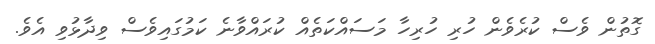
ގޮތުން ވެސް ކުރެވެން ހުރި ހުރިހާ މަސައްކަތެއް ކުރައްވާނެ ކަމުގައިވެސް ވިދާޅުވި އެވެ.